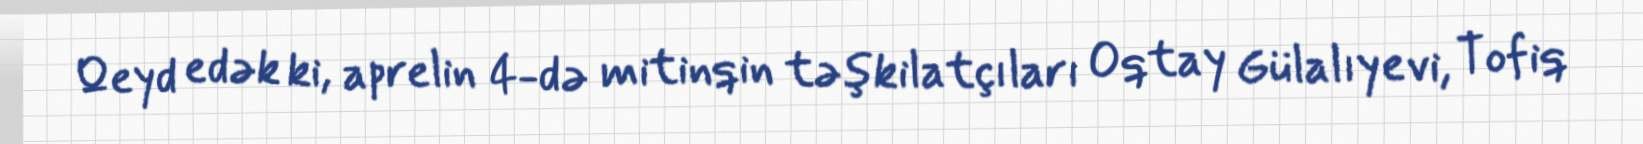
Qeyd edək ki, aprelin 4-də mitinqin təşkilatçıları Oqtay Gülalıyevi, Tofiq